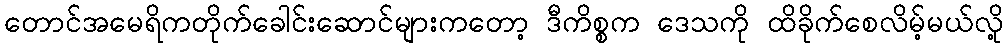
တောင်အမေရိကတိုက်ခေါင်းဆောင်များကတော့ ဒီကိစ္စက ဒေသကို ထိခိုက်စေလိမ့်မယ်လို့